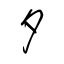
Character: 夕